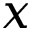
x